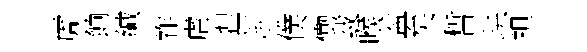
虎餉緘祚虐貍赳僕慟㦯喉葢矣晳珙袒